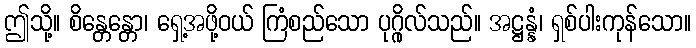
ဤသို့။ စိန္တေန္တော၊ ရှေ့အဖို့ဝယ် ကြံစည်သော ပုဂ္ဂိုလ်သည်။ အဋ္ဌန္နံ၊ ရှစ်ပါးကုန်သော။